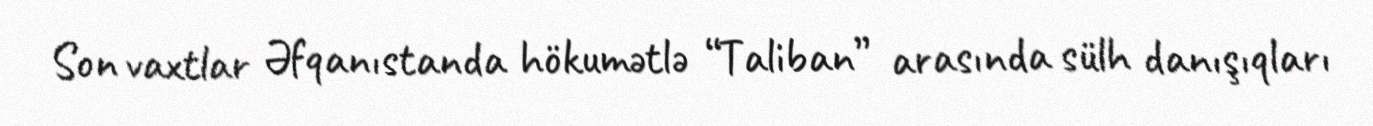
Son vaxtlar Əfqanıstanda hökumətlə “Taliban” arasında sülh danışıqları